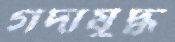
গদাযুদ্ধ